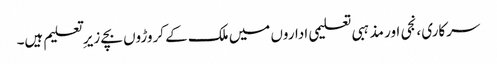
سرکاری ،نجی اور مذہبی تعلیمی اداروں میں ملک کے کروڑوں بچے زیر ِ تعلیم ہیں۔